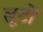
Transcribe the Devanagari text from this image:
लूटों